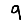
Digit: 9